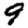
Digit: 9